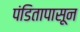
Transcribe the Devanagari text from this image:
पंडितापासून